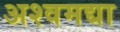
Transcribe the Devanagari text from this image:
अश्वमद्या